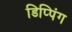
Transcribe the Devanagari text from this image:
डिप्पिंग